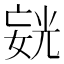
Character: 𪦍